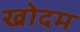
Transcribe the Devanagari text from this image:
खोदम